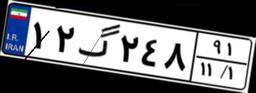
۵۰گ۴۶۷۳۷